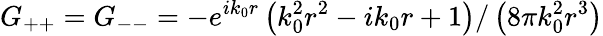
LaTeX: G_{++}=G_{--}=-e^{ik_{0}r}\left(k_{0}^{2}r^{2}-ik_{0}r+1\right)/\left(8\pi k_{0}^{2}r^{3}\right)